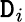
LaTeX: \mathtt{D}_{i}